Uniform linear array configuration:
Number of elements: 64
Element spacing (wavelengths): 0.75
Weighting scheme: hamming
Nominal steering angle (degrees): -30
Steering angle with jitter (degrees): -29.023
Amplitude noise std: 0.05
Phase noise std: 0.05

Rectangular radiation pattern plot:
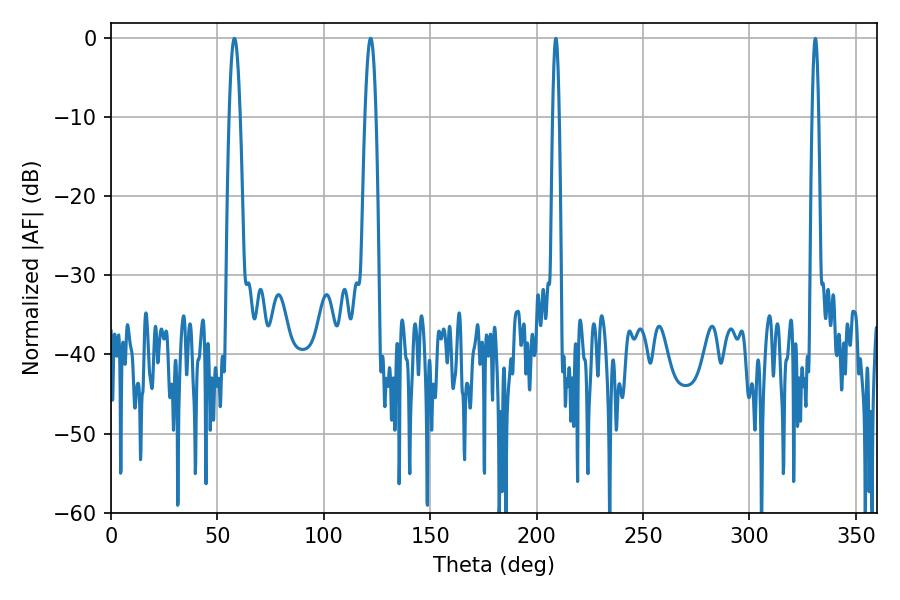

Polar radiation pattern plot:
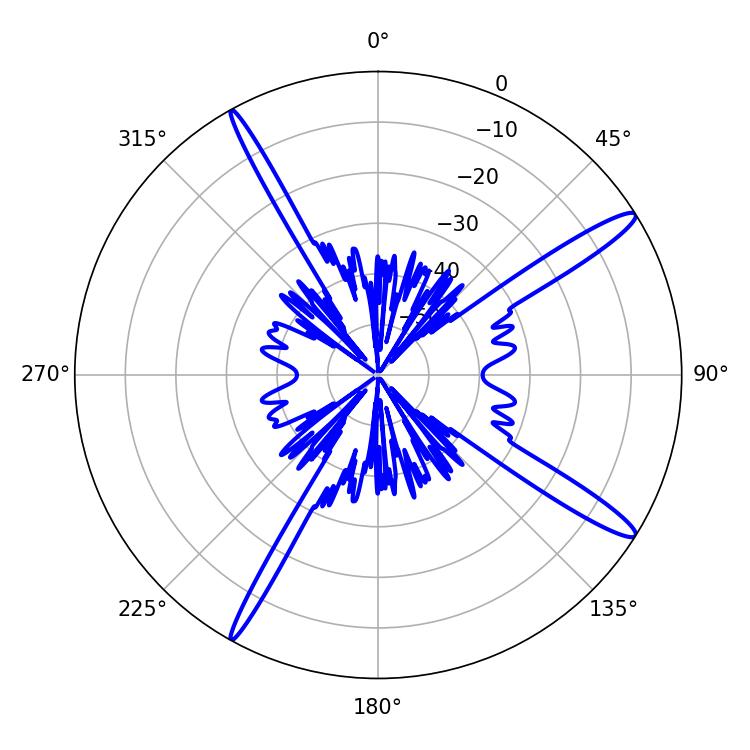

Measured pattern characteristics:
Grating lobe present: TRUE
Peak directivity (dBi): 15.17
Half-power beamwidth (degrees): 2.7
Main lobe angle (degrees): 57.96